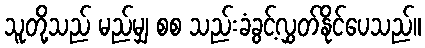
သူတို့သည် မည်မျှ စစ သည်းခံခွင့်လွှတ်နိုင်ပေသည်။